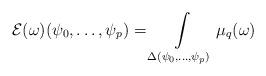
LaTeX: \begin{align*} \mathcal{E} (\omega) (\psi_0,\dots,\psi_{p})= \int\limits_{\Delta(\psi_0,\dots,\psi_{p})} \mu_q(\omega)\end{align*}